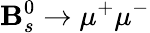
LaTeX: \mathbf{B}_{s}^{0}\rightarrow\mu^{+}\mu^{-}